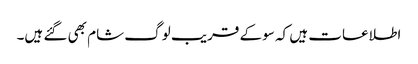
اطلاعات ہیں کہ سو کے قریب لوگ شام بھی گئے ہیں۔